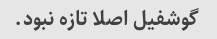
گوشفیل اصلا تازه نبود.